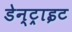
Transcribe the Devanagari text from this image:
डेन्ट्राइट